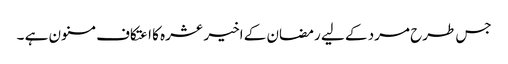
جس طرح مرد کے لیے رمضان کے اخیر عشرہ کا اعتکاف مسنون ہے ۔